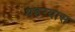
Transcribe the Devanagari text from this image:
थडग्यास